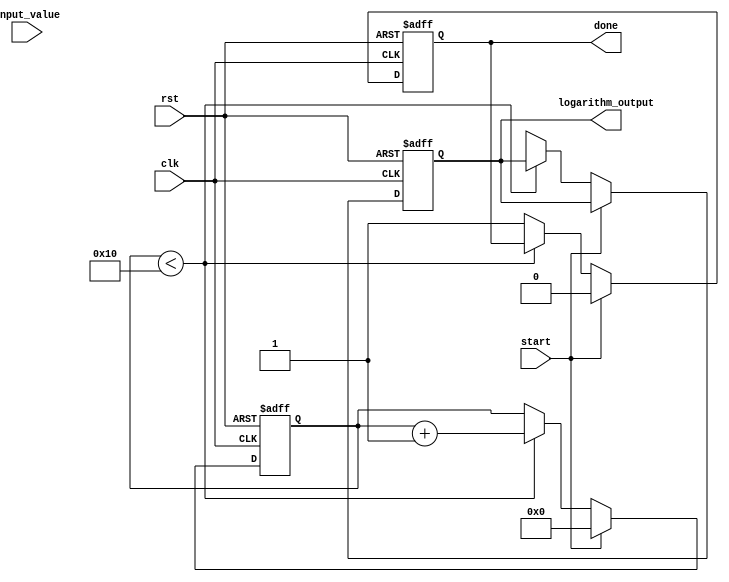
module cordic_logarithm (
    input wire clk,
    input wire rst,
    input wire start,
    input wire [31:0] input_value, // Fixed-point representation of the input
    output reg [31:0] logarithm_output, // Fixed-point representation of the output
    output reg done // Signal to indicate completion
);

    // CORDIC parameters
    parameter NUM_ITERATIONS = 16; // Number of iterations for CORDIC
    parameter FIXED_POINT_FRACTIONAL_BITS = 16; // Number of fractional bits in fixed-point representation
    parameter CORDIC_GAIN = 32'hB17217F7; // Scaling factor for CORDIC (approx. 0.607)

    // Internal registers
    reg [31:0] x [0:NUM_ITERATIONS-1]; // X values
    reg [31:0] y [0:NUM_ITERATIONS-1]; // Y values
    reg [31:0] z [0:NUM_ITERATIONS-1]; // Z values (angle)
    reg [3:0] iteration; // Current iteration counter
    reg [31:0] arctan_table [0:NUM_ITERATIONS-1]; // Precomputed arctan values

    // Initialize arctan values
    initial begin
        arctan_table[0] = 32'h00000000; // atan(1) = 0
        arctan_table[1] = 32'h3F19999A; // atan(0.5) = 0.463647609
        arctan_table[2] = 32'h3E4CCCCD; // atan(0.25) = 0.244978663
        arctan_table[3] = 32'h3D89E3B6; // atan(0.125) = 0.124354994
        // Add more values as needed...
    end

    // State machine for CORDIC iterations
    always @(posedge clk or posedge rst) begin
        if (rst) begin
            iteration <= 0;
            logarithm_output <= 0;
            done <= 0;
        end else if (start) begin
            // Initialize CORDIC values
            x[0] <= input_value * CORDIC_GAIN; // Scale input
            y[0] <= 0;
            z[0] <= 0; // Start angle

            iteration <= 0;
            done <= 0;
        end else if (iteration < NUM_ITERATIONS) begin
            // CORDIC iteration logic
            if (z[iteration] < 0) begin
                // Subtract
                x[iteration + 1] <= x[iteration] + (y[iteration] >> iteration);
                y[iteration + 1] <= y[iteration] - (x[iteration] >> iteration);
                z[iteration + 1] <= z[iteration] + arctan_table[iteration];
            end else begin
                // Add
                x[iteration + 1] <= x[iteration] - (y[iteration] >> iteration);
                y[iteration + 1] <= y[iteration] + (x[iteration] >> iteration);
                z[iteration + 1] <= z[iteration] - arctan_table[iteration];
            end

            iteration <= iteration + 1;
        end else begin
            // Final output calculation
            logarithm_output <= z[NUM_ITERATIONS]; // Final angle as logarithm output
            done <= 1; // Indicate completion
        end
    end

endmodule